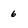
Character: 6